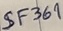
Text: SF369